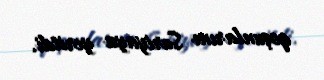
qoşunlarını Suriyaya yeritdi.